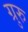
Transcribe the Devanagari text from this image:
ग्रुरु